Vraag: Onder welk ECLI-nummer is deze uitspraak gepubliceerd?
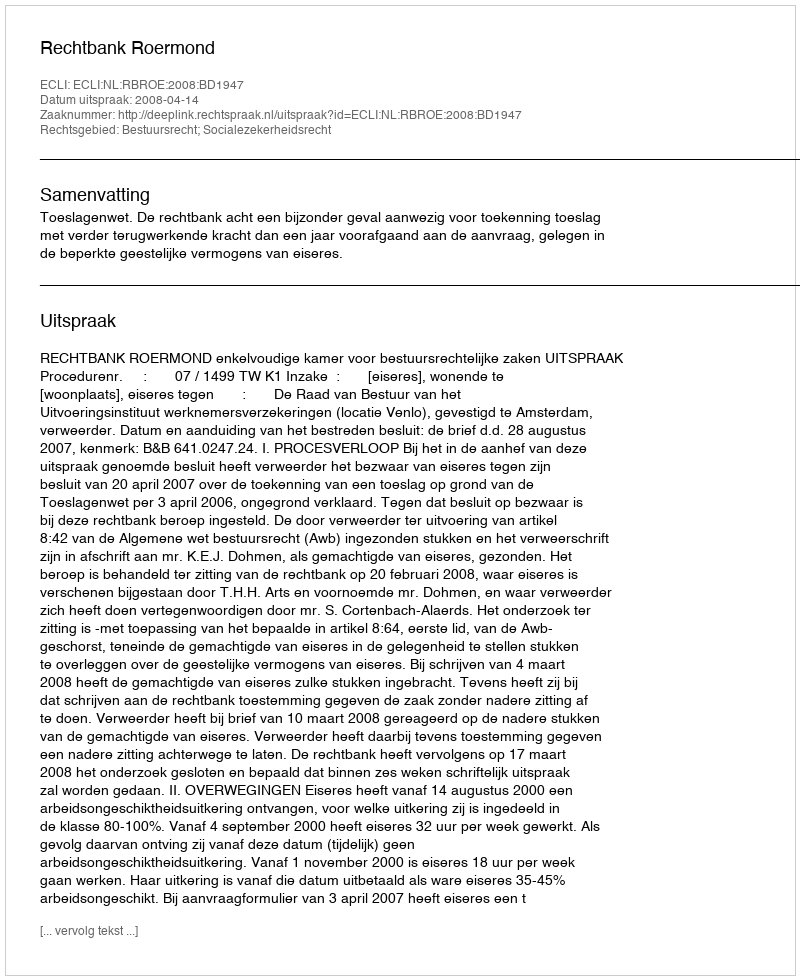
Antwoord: ECLI:NL:RBROE:2008:BD1947